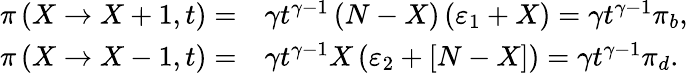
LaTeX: \begin{array}{rl}{\pi\left(X\rightarrow X+1,t\right)=}&{\gamma t^{\gamma-1}\left(N-X\right)\left(\varepsilon_{1}+X\right)=\gamma t^{\gamma-1}\pi_{b},}\\ {\pi\left(X\rightarrow X-1,t\right)=}&{\gamma t^{\gamma-1}X\left(\varepsilon_{2}+\left[N-X\right]\right)=\gamma t^{\gamma-1}\pi_{d}.}\end{array}